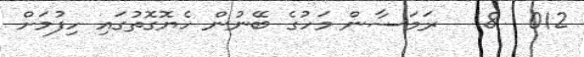
012  8   ރަމަޟާން މަހުގެ ބޭނުން ހެޔޮގޮތުގައި ހިފުމަށް